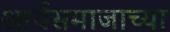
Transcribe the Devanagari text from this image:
आर्यसमाजाच्या